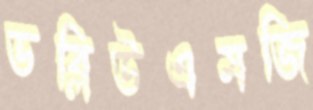
ডব্লিউএমজি